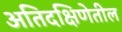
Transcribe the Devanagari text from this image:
अतिदक्षिणेतील